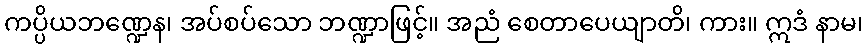
ကပ္ပိယဘဏ္ဍေန၊ အပ်စပ်သော ဘဏ္ဍာဖြင့်။ အညံ စေတာပေယျာတိ၊ ကား။ ဣဒံ နာမ၊